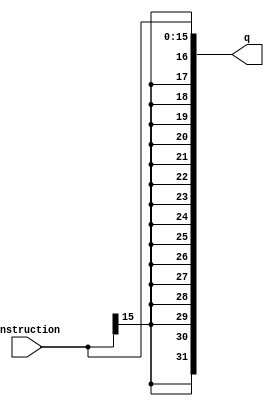
// ECE 5367
// Sign Extend
// Extends the 16 bit input with a 
// similarly signed output
// 
// Inputs:
//   instruction 16b: instruction to be extended
//
// Outputs:
//   q 32b: the extended instruction

module signExtend(
                  input [15:0] instruction,
                  output reg [31:0] q);

    always @(instruction)
    begin
        q = {{16{instruction[15]}}, instruction};
    end
endmodule